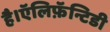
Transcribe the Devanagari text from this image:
है।ऍलिफ़ॅन्टिडी